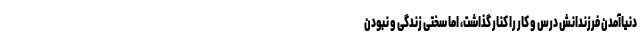
دنیا‌آمدن فرزندانش درس و کار را کنار گذاشت، اما سختی زندگی و نبودن